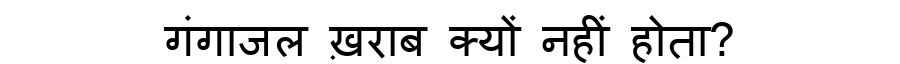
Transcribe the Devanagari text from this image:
गंगाजल ख़राब क्यों नहीं होता?